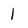
Character: 1